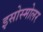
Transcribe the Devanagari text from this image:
इसोस्मोलर